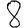
Digit: 8